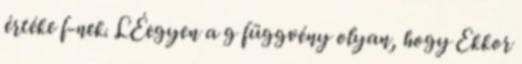
értéke f-nek. LÉegyen a g függvény olyan, hogy Ekkor